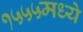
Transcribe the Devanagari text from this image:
१५५५मध्ये